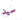
سيد